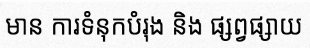
មាន ការទំនុកបំរុង និង ផ្សព្វផ្សាយ